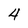
Character: 4